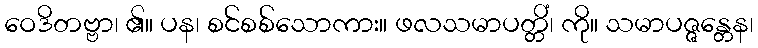
ဝေဒိတဗ္ဗာ၊ ၏။ ပန၊ စင်စစ်သောကား။ ဖလသမာပတ္တိံ၊ ကို။ သမာပဇ္ဇန္တေန၊